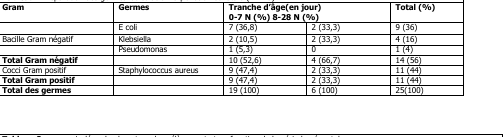
<table><thead><tr><td><b>Gram</b></td><td><b>Germes</b></td><td colspan="2"><b>Tranche d’âge(en jour) 0-7 N (%) 8-28 N (%)</b></td><td><b>Total (%)</b></td></tr></thead><tbody><tr><td></td><td>E coli</td><td>7 (36,8)</td><td>2 (33,3)</td><td>9 (36)</td></tr><tr><td>Bacille Gram négatif</td><td>Klebsiella</td><td>2 (10,5)</td><td>2 (33,3)</td><td>4 (16)</td></tr><tr><td></td><td>Pseudomonas</td><td>1 (5,3)</td><td>0</td><td>1 (4)</td></tr><tr><td><b>Total Gram négatif</b></td><td></td><td>10 (52,6)</td><td>4 (66,7)</td><td>14 (56)</td></tr><tr><td>Cocci Gram positif</td><td>Staphylococcus aureus</td><td>9 (47,4)</td><td>2 (33,3)</td><td>11 (44)</td></tr><tr><td><b>Total Gram positif</b></td><td></td><td>9 (47,4)</td><td>2 (33,3)</td><td>11 (44)</td></tr><tr><td><b>Total des germes</b></td><td></td><td>19 (100)</td><td>6 (100)</td><td>25(100)</td></tr></tbody></table>